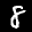
Label: 8